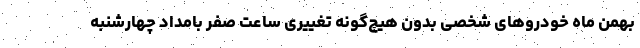
بهمن‌ ماه خودروهای شخصی بدون هیچ‌گونه تغییری ساعت صفر بامداد چهارشنبه